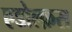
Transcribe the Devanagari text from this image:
एडोल्फ़स